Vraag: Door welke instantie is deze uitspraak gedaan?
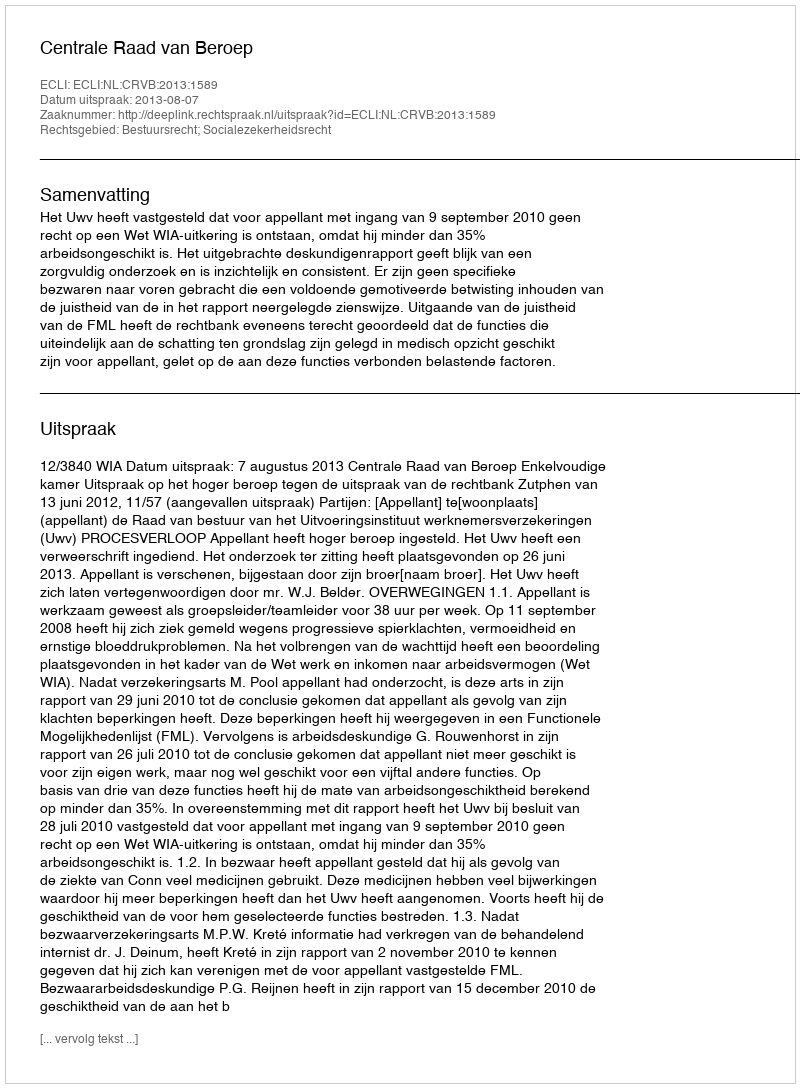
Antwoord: Centrale Raad van Beroep